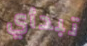
تبدأي